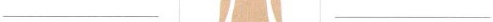
___ ___